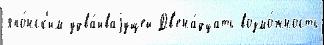
япо́нск'им удва́иваjущей Дв'ена́дцать возмо́жность